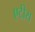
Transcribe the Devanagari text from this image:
एटीस